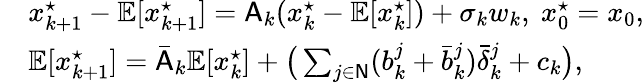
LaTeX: \begin{array}{rl}&{x_{k+1}^{\star}-\mathbb{E}[x_{k+1}^{\star}]=\mathsf{A}_{k}(x_{k}^{\star}-\mathbb{E}[x_{k}^{\star}])+\sigma_{k}w_{k},~x_{0}^{\star}=x_{0},}\\ &{\mathbb{E}[x_{k+1}^{\star}]=\bar{\mathsf{A}}_{k}\mathbb{E}[x_{k}^{\star}]+\big(\sum_{j\in\mathsf{N}}(b_{k}^{j}+\bar{b}_{k}^{j})\bar{\delta}_{k}^{j}+c_{k}\big),}\end{array}